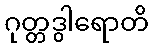
ဂုတ္တဒွါရောတိ